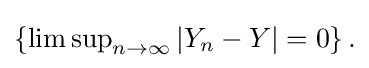
{\textstyle \left\{\limsup _{n\to \infty }\left|Y_{n}-Y\right|=0\right\}.}